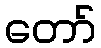
တော်